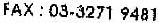
FAX : 03-3271 9481